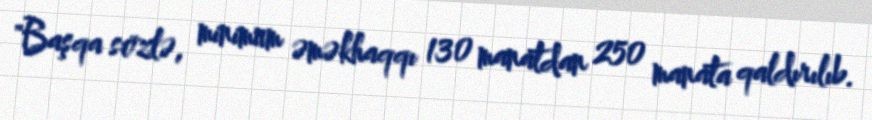
"Başqa sözlə, minimum əməkhaqqı 130 manatdan 250 manata qaldırılıb.